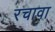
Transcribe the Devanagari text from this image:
रचावा